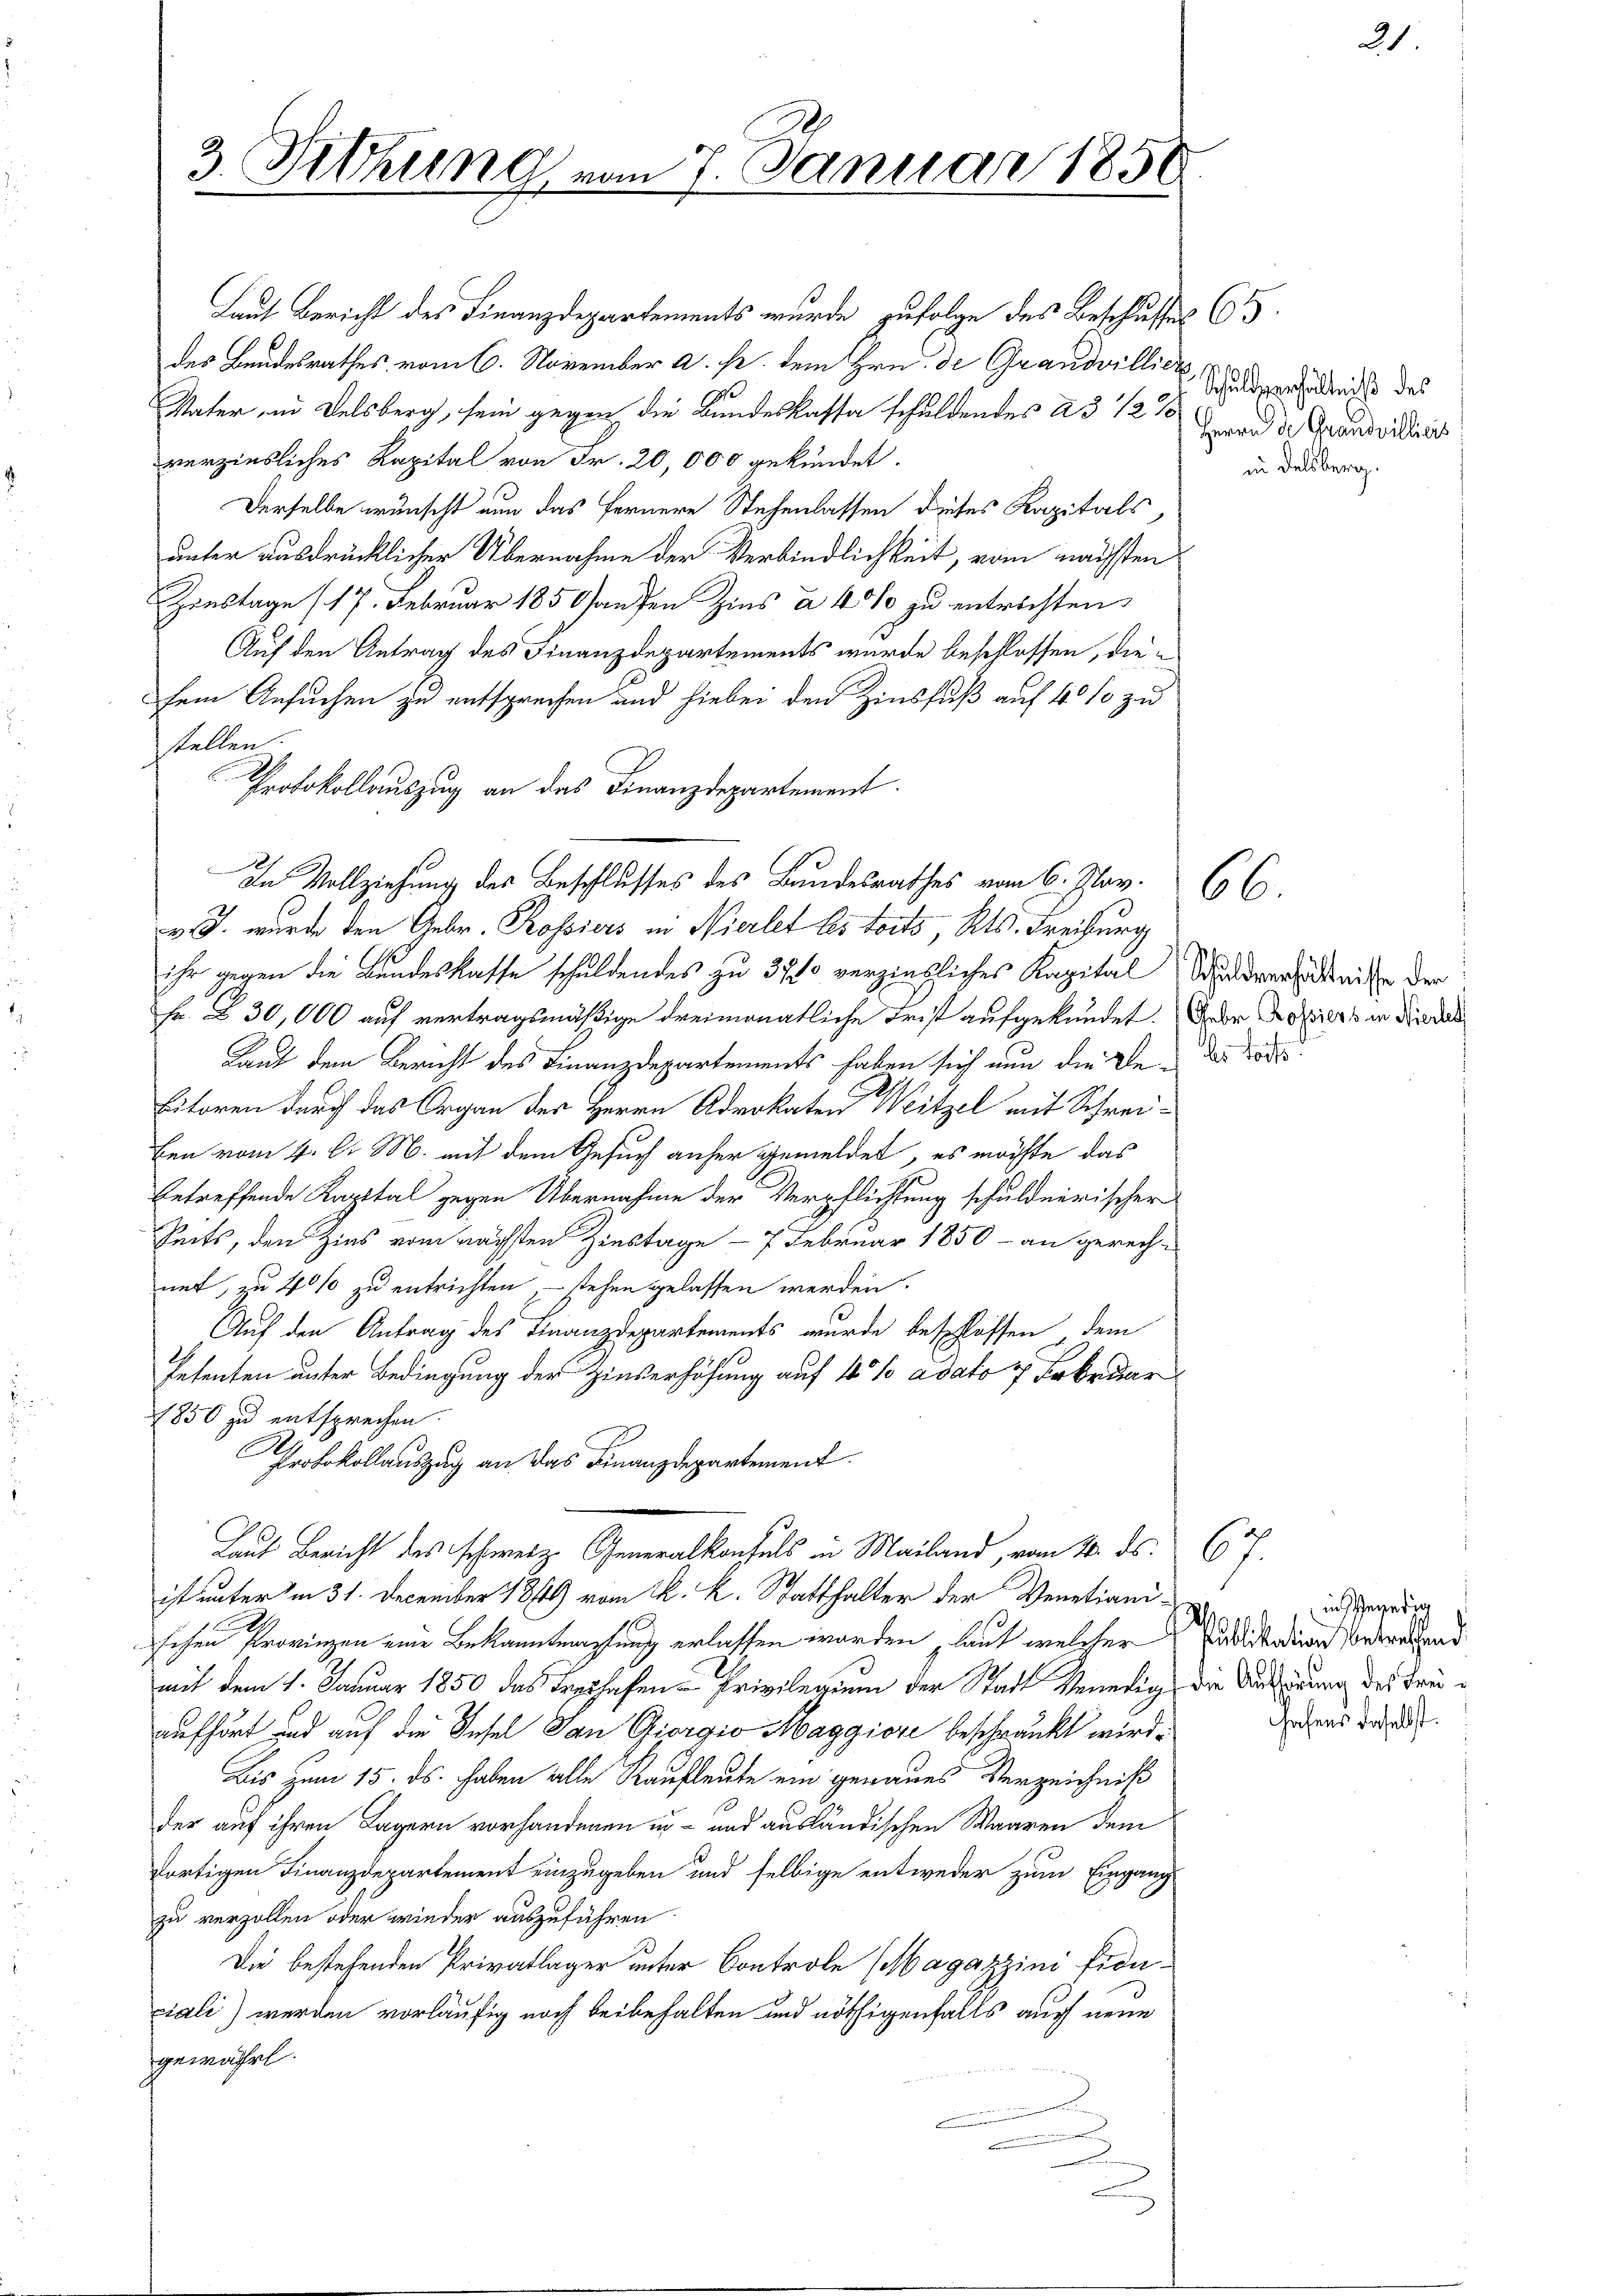
3. Tittung vom 7. Januar 185

Laut Bericht des Finanzdepartements wurde zufolge des Beschlusses C.
des Bundesrathes vom 6. November a. s. dem Hrn. de Grandvilliers
Vater in Delsberg, sein gegen die Bundeskassa schuldendes ad 12 %
verzinsliches Kapital von Fr. 20,000 gekündet.
Derselbe wünscht nun das fernere Stehenlassen dieses Kapitals,
unter ausdrücklicher Übernahme der Verbindlichkeit, vom nächsten
Zinstage (17. Februar 1850 hausen Zins à 40% zu entrichten.
Auf den Antrag des Finanzdepartements wurde beschlossen, diesem Ansuchen zu entsprechen und hiebei den Zinsfuß auf 40 % zu
stellen.
Protokollauszug an das Finanzdepartement.
v. J. wurde den Gebr. Rossiers in Nierlet les toits, Kts. Freiburg
ihr gegen die Bundeskaffe schuldendes zu 370 verziebliches Kapital Waldverhältnisse der
Fr. § 30,000 auf vertragsmäßige dreimonatliche Frist aufgekündet. Der Doktors in Nieder
Laut dem Bericht des Finanzdepartements haben sich nun die Veder Tode
.
bitoren durch das Organ der Herrn Advokaten Weitzel mit Schreiben vom 4. bi M. auf dem Gesuch anher gemeldet, es möchte das
betreffende Kapital gegen Übernahme der Verpflichtung schuldnerischer
Zeits, den Zins vom nächsten Zinstage - 7 Februar 1850 - an gerech-
net, zu 40% zu entrichten, – stehen gelassen werden.
Auf den Antrag des Finanzdepartements wurde beschlossen, dem
Petenten unter Bedingung der Zinserhöhung auf 4 %% adato 7 Februar
1850 zu entsprechen
Protokollauszug an das Finanzdepartement
Laut Bericht des schweiz. Generalkonsuls in Mailand, vom 4. ds. 6 f.
ist unter in 31. December 1849 vom k. k. Statthalter der Venetianis
schen Provinzen eine Bekanntmachung erlassen worden, laut welcher Auditation betretend
mit dem 1. Januar 1850 das Freihafen-Privilegium der Stadt Venedig, die Antirung des Freiaufhört und auf die Insel San Giorgio Maggiore beschränkt wird.
Bis zum 15. ds. haben alle Kaufleute ein genaues Verzeichniß
der auf ihren Lagern vorhanderen un- und ausländischen Waaren dem
dortigen Finanzdepartement einzugeben und selbige entweder zum Eingang
zu verzollen oder wieder auszuführen.
Die bestehenden Privatlager unter Controle (Magazzini frouciali) werden vorläufig noch beibehalten und nöthigenfalls auch neue
gewährt.

In Vollziehung des Beschlusses des Bundesrathes vom 6. Jav.

Schuldverhältniß des
Herrn de Grandwillicis
in Delsberg.

66.

ins Gesetzg
hohens daselbst.